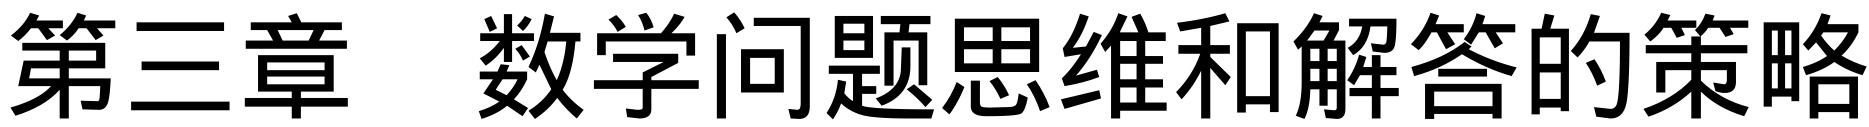
第三章 数学问题思维和解答的策略